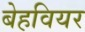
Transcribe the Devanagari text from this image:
बेहवियर